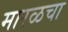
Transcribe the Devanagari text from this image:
मारळचा